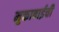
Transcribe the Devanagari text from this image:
मुक्ताबाईची